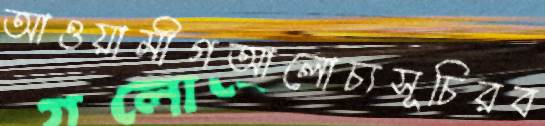
আওয়ামীগআলোচ্যসূচিরব